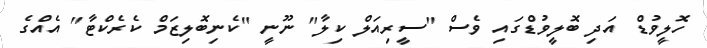
ހޮލީވުޑް އަދި ބޮލީވުޑްގައި ވެސް "ސީރިއަލް ކިލާ" ނޫނީ "ކެނިބޮލިޒަމް ކެރެކްޓާ" އެއްގެ